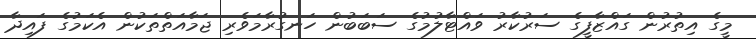
މީގެ އިތުރުން ގައްޒާފީގެ ސަރުކާރު ވައްޓާލުމުގެ ސަބަބުން ހަނގުރާމަވެރި ޖަމާއަތްތަކުން އެކަމުގެ ފައިދާ